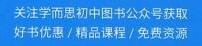
关注学而思初中图书公众号获取好书优惠/精品课程/免费资源